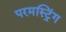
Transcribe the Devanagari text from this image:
परमस्ट्रिंग